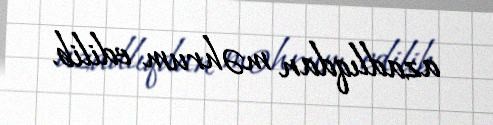
azadlıqdan məhrum edilib.